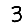
Digit: 3